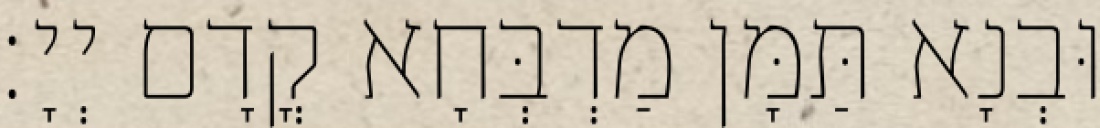
וּבְנָא תַּמָּן מַדְבְּחָא קֳדָם יְיָ׃